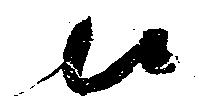
候